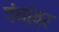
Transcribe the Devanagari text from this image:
पंचांवर